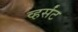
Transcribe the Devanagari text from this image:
व्हर्संट